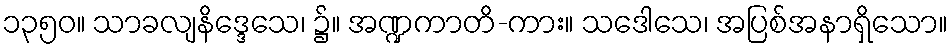
၁၃၅၀။ သာခလျနိဒ္ဒေသေ၊ ၌။ အဏ္ဍကာတိ-ကား။ သဒေါသေ၊ အပြစ်အနာရှိသော။